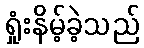
ရှုံးနိမ့်ခဲ့သည်